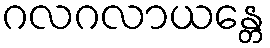
ဂလဂလာယန္တေ